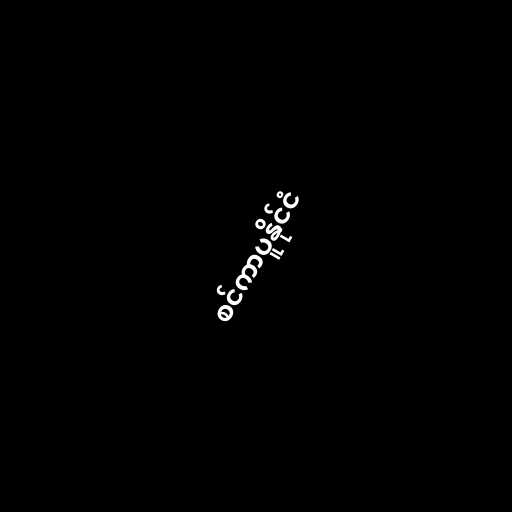
စင်ကာပူနိုင်ငံ